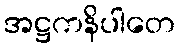
အဋ္ဌကနိပါတေ